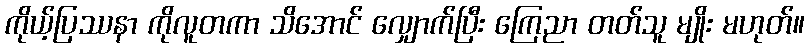
ကိုယ့်ပြဿနာ ကိုလူတကာ သိအောင် လျှောက်ပြီး ကြေညာ တတ်သူ မျိုး မဟုတ်။